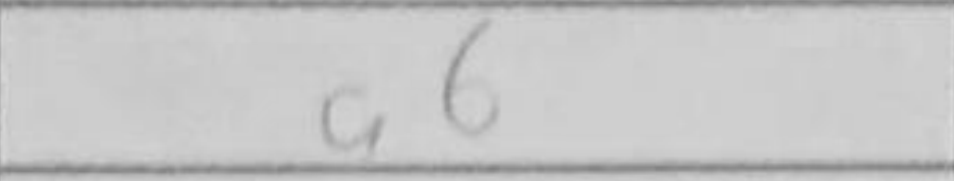
Transcription: a6